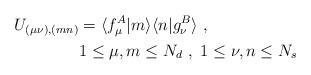
LaTeX: \begin{align*}U_{(\mu\nu),(mn)} &= \langle f_\mu^A \vert m \rangle \langle n \vert g_\nu^B \rangle \ , \\ & 1\leq \mu,m \leq N_d \ , \ 1 \leq \nu,n \leq N_s \end{align*}